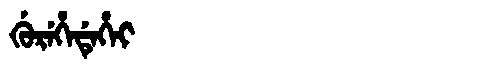
Manchu: ᡤᡠᡵᡝᡥᡝᡩᡝᡥᡝᡳ
Romanization: GUREHEDEHEI